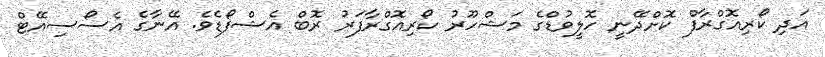
އަދި ކޯރިއޮގްރާފް ކޮށްދޭނީ ހޮލީވުޑްގެ މަޝްހޫރު ކޯރިއޮގްރާފަރު ރޮބް އެޝްފޯޑެވެ. އޭނާގެ އެސޯސިއޭޓް